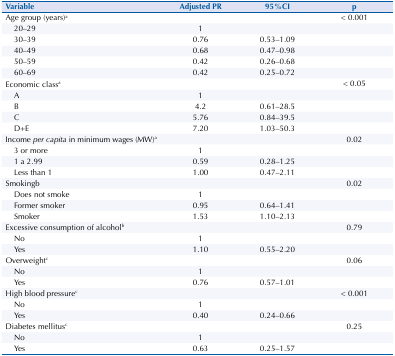
<table><thead><tr><td colspan="2"><b>Variable</b></td><td><b>Adjusted PR</b></td><td><b>95%CI</b></td><td><b>p</b></td></tr></thead><tbody><tr><td colspan="2">Age group (years)a</td><td></td><td></td><td>&lt; 0.001</td></tr><tr><td></td><td>20–29</td><td>1</td><td></td><td></td></tr><tr><td></td><td>30–39</td><td>0.76</td><td>0.53–1.09</td><td></td></tr><tr><td></td><td>40–49</td><td>0.68</td><td>0.47–0.98</td><td></td></tr><tr><td></td><td>50–59</td><td>0.42</td><td>0.26–0.68</td><td></td></tr><tr><td></td><td>60–69</td><td>0.42</td><td>0.25–0.72</td><td></td></tr><tr><td colspan="2">Economic classa</td><td></td><td></td><td>&lt; 0.05</td></tr><tr><td></td><td>A</td><td>1</td><td></td><td></td></tr><tr><td></td><td>B</td><td>4.2</td><td>0.61–28.5</td><td></td></tr><tr><td></td><td>C</td><td>5.76</td><td>0.84–39.5</td><td></td></tr><tr><td></td><td>D+E</td><td>7.20</td><td>1.03–50.3</td><td></td></tr><tr><td colspan="2">Income <i>per capita</i> in minimum wages (MW)a</td><td></td><td></td><td>0.02</td></tr><tr><td></td><td>3 or more</td><td>1</td><td></td><td></td></tr><tr><td></td><td>1 a 2.99</td><td>0.59</td><td>0.28–1.25</td><td></td></tr><tr><td></td><td>Less than 1</td><td>1.00</td><td>0.47–2.11</td><td></td></tr><tr><td colspan="2">Smokingb</td><td></td><td></td><td>0.02</td></tr><tr><td></td><td>Does not smoke</td><td>1</td><td></td><td></td></tr><tr><td></td><td>Former smoker</td><td>0.95</td><td>0.64–1.41</td><td></td></tr><tr><td></td><td>Smoker</td><td>1.53</td><td>1.10–2.13</td><td></td></tr><tr><td colspan="2">Excessive consumption of alcoholb</td><td></td><td></td><td>0.79</td></tr><tr><td></td><td>No</td><td>1</td><td></td><td></td></tr><tr><td></td><td>Yes</td><td>1.10</td><td>0.55–2.20</td><td></td></tr><tr><td colspan="2">Overweightc</td><td></td><td></td><td>0.06</td></tr><tr><td></td><td>No</td><td>1</td><td></td><td></td></tr><tr><td></td><td>Yes</td><td>0.76</td><td>0.57–1.01</td><td></td></tr><tr><td colspan="2">High blood pressurec</td><td></td><td></td><td>&lt; 0.001</td></tr><tr><td></td><td>No</td><td>1</td><td></td><td></td></tr><tr><td></td><td>Yes</td><td>0.40</td><td>0.24–0.66</td><td></td></tr><tr><td colspan="2">Diabetes mellitusc</td><td></td><td></td><td>0.25</td></tr><tr><td></td><td>No</td><td>1</td><td></td><td></td></tr><tr><td></td><td>Yes</td><td>0.63</td><td>0.25–1.57</td><td></td></tr></tbody></table>